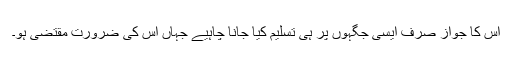
اس کا جواز صرف ایسی جگہوں پر ہی تسلیم کیا جانا چاہیے جہاں اس کی ضرورت مقتضی ہو۔